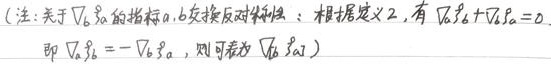
（注：关于\(\nabla _6 \mathfrak{g}\)的指标\(a,b\)交换反对称性：根据定义2，有\(\nabla _6 \mathfrak{g}+\nabla _6 \mathfrak{g}=0\)，即\(\nabla _6 \mathfrak{g}_{ab}=-\nabla _6 \mathfrak{g}_{ba}\)，则可表为\(\nabla _6 \mathfrak{g}_{[ab]}\)）